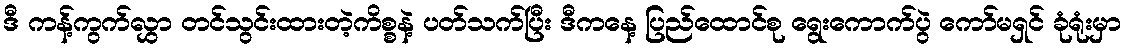
ဒီ ကန့်ကွက်လွှာ တင်သွင်းထားတဲ့ကိစ္စနဲ့ ပတ်သက်ပြီး ဒီကနေ့ ပြည်ထောင်စု ရွေးကောက်ပွဲ ကော်မရှင် ခုံရုံးမှာ